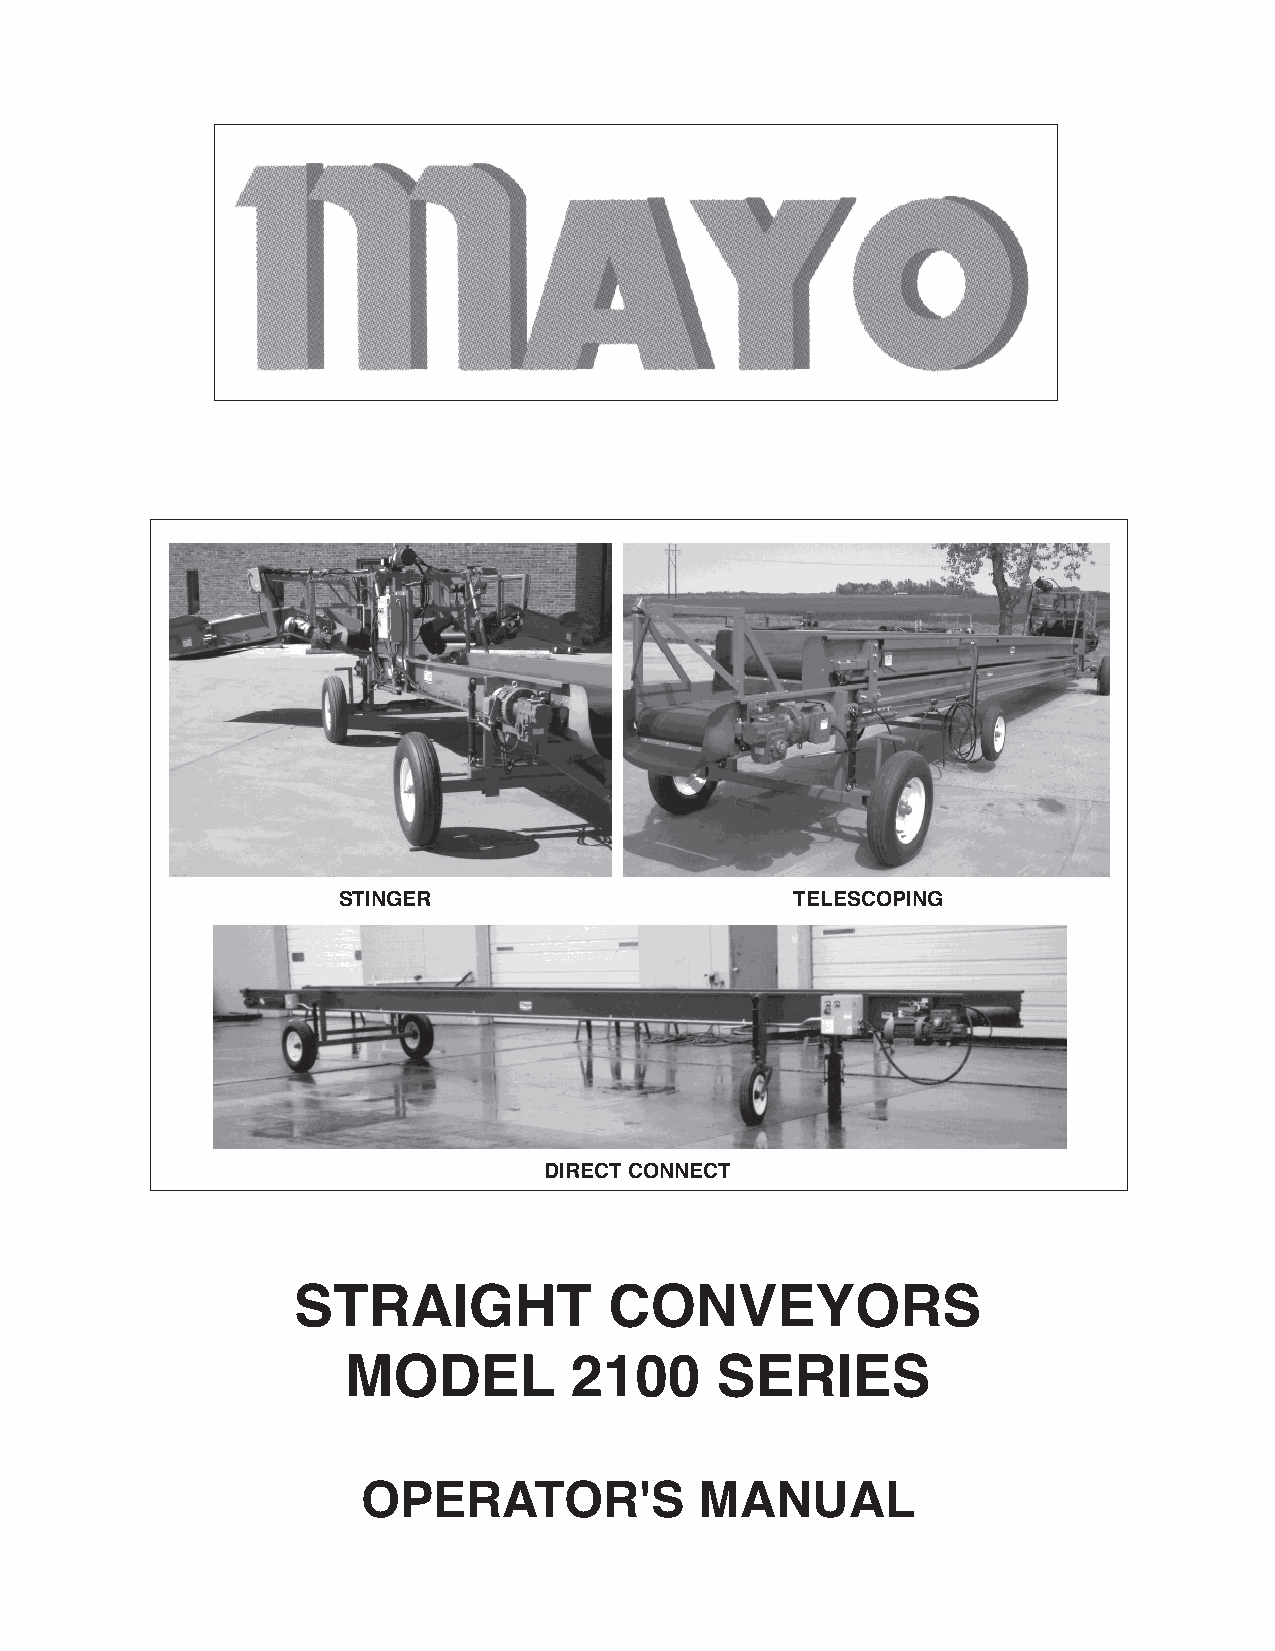
STINGER                        TELESCOPING
 DIRECT CONNECT
 STRAIGHT             CONVEYORS
 MODEL          2100     SERIES
 OPERATOR'S            MANUAL